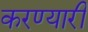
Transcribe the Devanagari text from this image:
करण्यारी